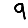
Digit: 9